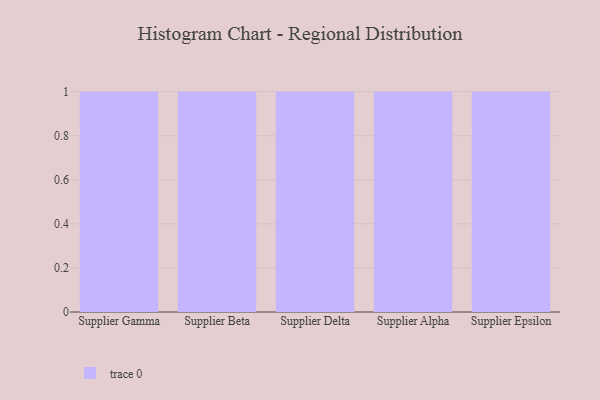
{"axis": {"x": "Supplier", "y": "Net Income (USD K)"}, "legend": [""], "data": [{"x": "Supplier Gamma", "y": 50, "type": ""}, {"x": "Supplier Beta", "y": 48, "type": ""}, {"x": "Supplier Delta", "y": 9, "type": ""}, {"x": "Supplier Alpha", "y": 65, "type": ""}, {"x": "Supplier Epsilon", "y": 38, "type": ""}]}